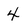
Character: 4